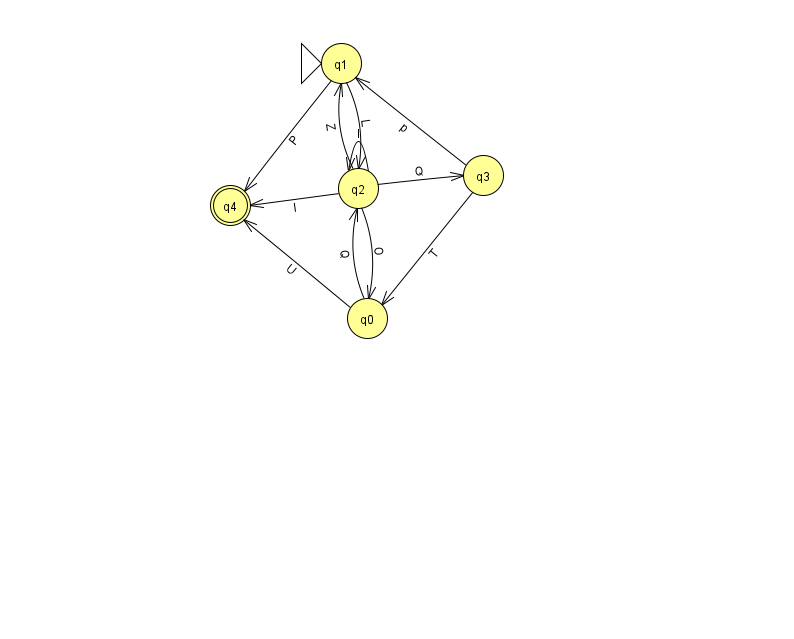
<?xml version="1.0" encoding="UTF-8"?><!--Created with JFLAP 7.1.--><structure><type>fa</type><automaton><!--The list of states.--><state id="0" name="q0"><x>367.0</x><y>305.0</y></state><state id="1" name="q1"><x>341.0</x><y>50.0</y><initial/></state><state id="2" name="q2"><x>358.0</x><y>175.0</y></state><state id="3" name="q3"><x>483.0</x><y>162.0</y></state><state id="4" name="q4"><x>230.0</x><y>192.0</y><final/></state><!--The list of transitions.--><transition><from>0</from><to>4</to><read>U</read></transition><transition><from>2</from><to>0</to><read>O</read></transition><transition><from>2</from><to>4</to><read>l</read></transition><transition><from>3</from><to>0</to><read>T</read></transition><transition><from>2</from><to>1</to><read>Z</read></transition><transition><from>2</from><to>2</to><read>I</read></transition><transition><from>1</from><to>4</to><read>P</read></transition><transition><from>0</from><to>2</to><read>Q</read></transition><transition><from>3</from><to>1</to><read>p</read></transition><transition><from>1</from><to>2</to><read>L</read></transition><transition><from>2</from><to>3</to><read>Q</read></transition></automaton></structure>